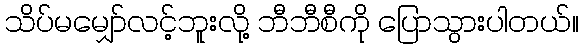
သိပ်မမျှော်လင့်ဘူးလို့ ဘီဘီစီကို ပြောသွားပါတယ်။